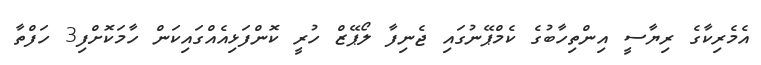
އެމެރިކާގެ ރިޔާސީ އިންތިހާބުގެ ކެމްޕޭނުގައި ޖެނިފާ ލޯޕޭޒް ހުރީ ކޮންފަޅިއެއްގައިކަން ހާމަކޮށްފި3 ހަފްތާ